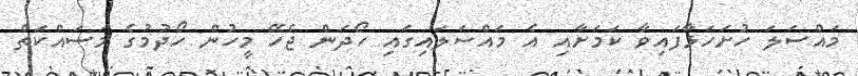
މައްސަލަ ހުށަހަޅާފައިވާ ކަމަށާއި އެ މައްސަލައިގައި ހޯދަން ޖެހޭ މީހުން ހޯދުމުގެ މަސައްކަތް